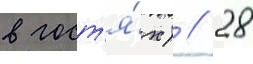
в гост'я́х) // 28